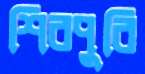
শিবপুরি